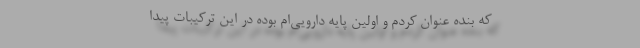
که بنده عنوان کردم و اولین پایه‌ دارویی‌ام بوده در این ترکیبات پیدا